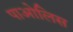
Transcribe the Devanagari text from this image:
पाओलिस